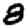
Digit: 8